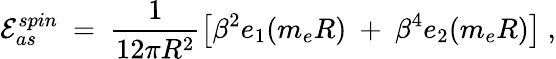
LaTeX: {\cal E}_{as}^{spin}\ =\ \frac{1}{12\pi R^{2}}\left[\beta^{2}e_{1}(m_{e}R)\ +\ \beta^{4}e_{2}(m_{e}R)\right]\ ,